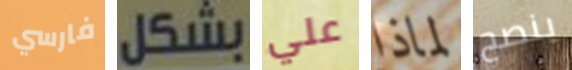
فارسي بشكل علي لماذا ينصح